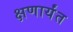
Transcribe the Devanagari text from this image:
क्षणार्यंत